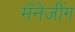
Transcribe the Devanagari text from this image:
मॅनेजींग